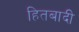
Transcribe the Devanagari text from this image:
हितबादी